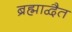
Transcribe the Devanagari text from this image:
ब्रह्माद्वैत